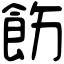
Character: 飭